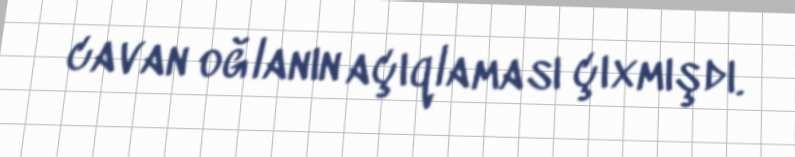
cavan oğlanın açıqlaması çıxmışdı.